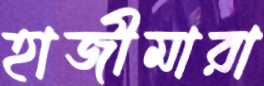
হাজীমারা